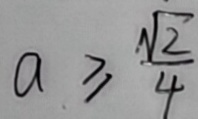
a \geq \frac { \sqrt { 2 } } { 4 }